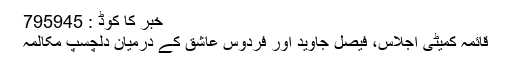
خبر کا کوڈ : 795945
قائمہ کمیٹی اجلاس، فیصل جاوید اور فردوس عاشق کے درمیان دلچسپ مکالمہ